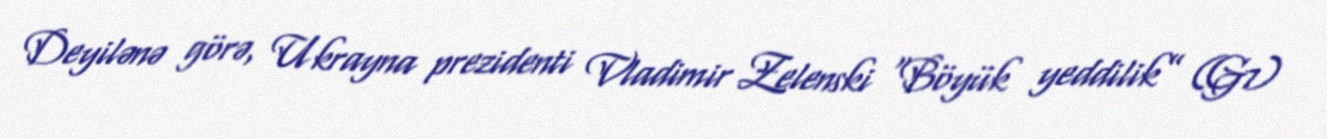
Deyilənə görə, Ukrayna prezidenti Vladimir Zelenski “Böyük yeddilik” (G7)